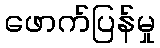
ဖောက်ပြန်မှု